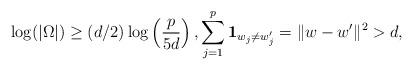
LaTeX: \begin{align*} \log (|\Omega|) &\ge (d/2) \log\left(\frac{p}{5d}\right), \sum_{j=1}^p \mathbf 1_{w_j \ne w_j'} = \|w - w'\|^2 > d, \end{align*}